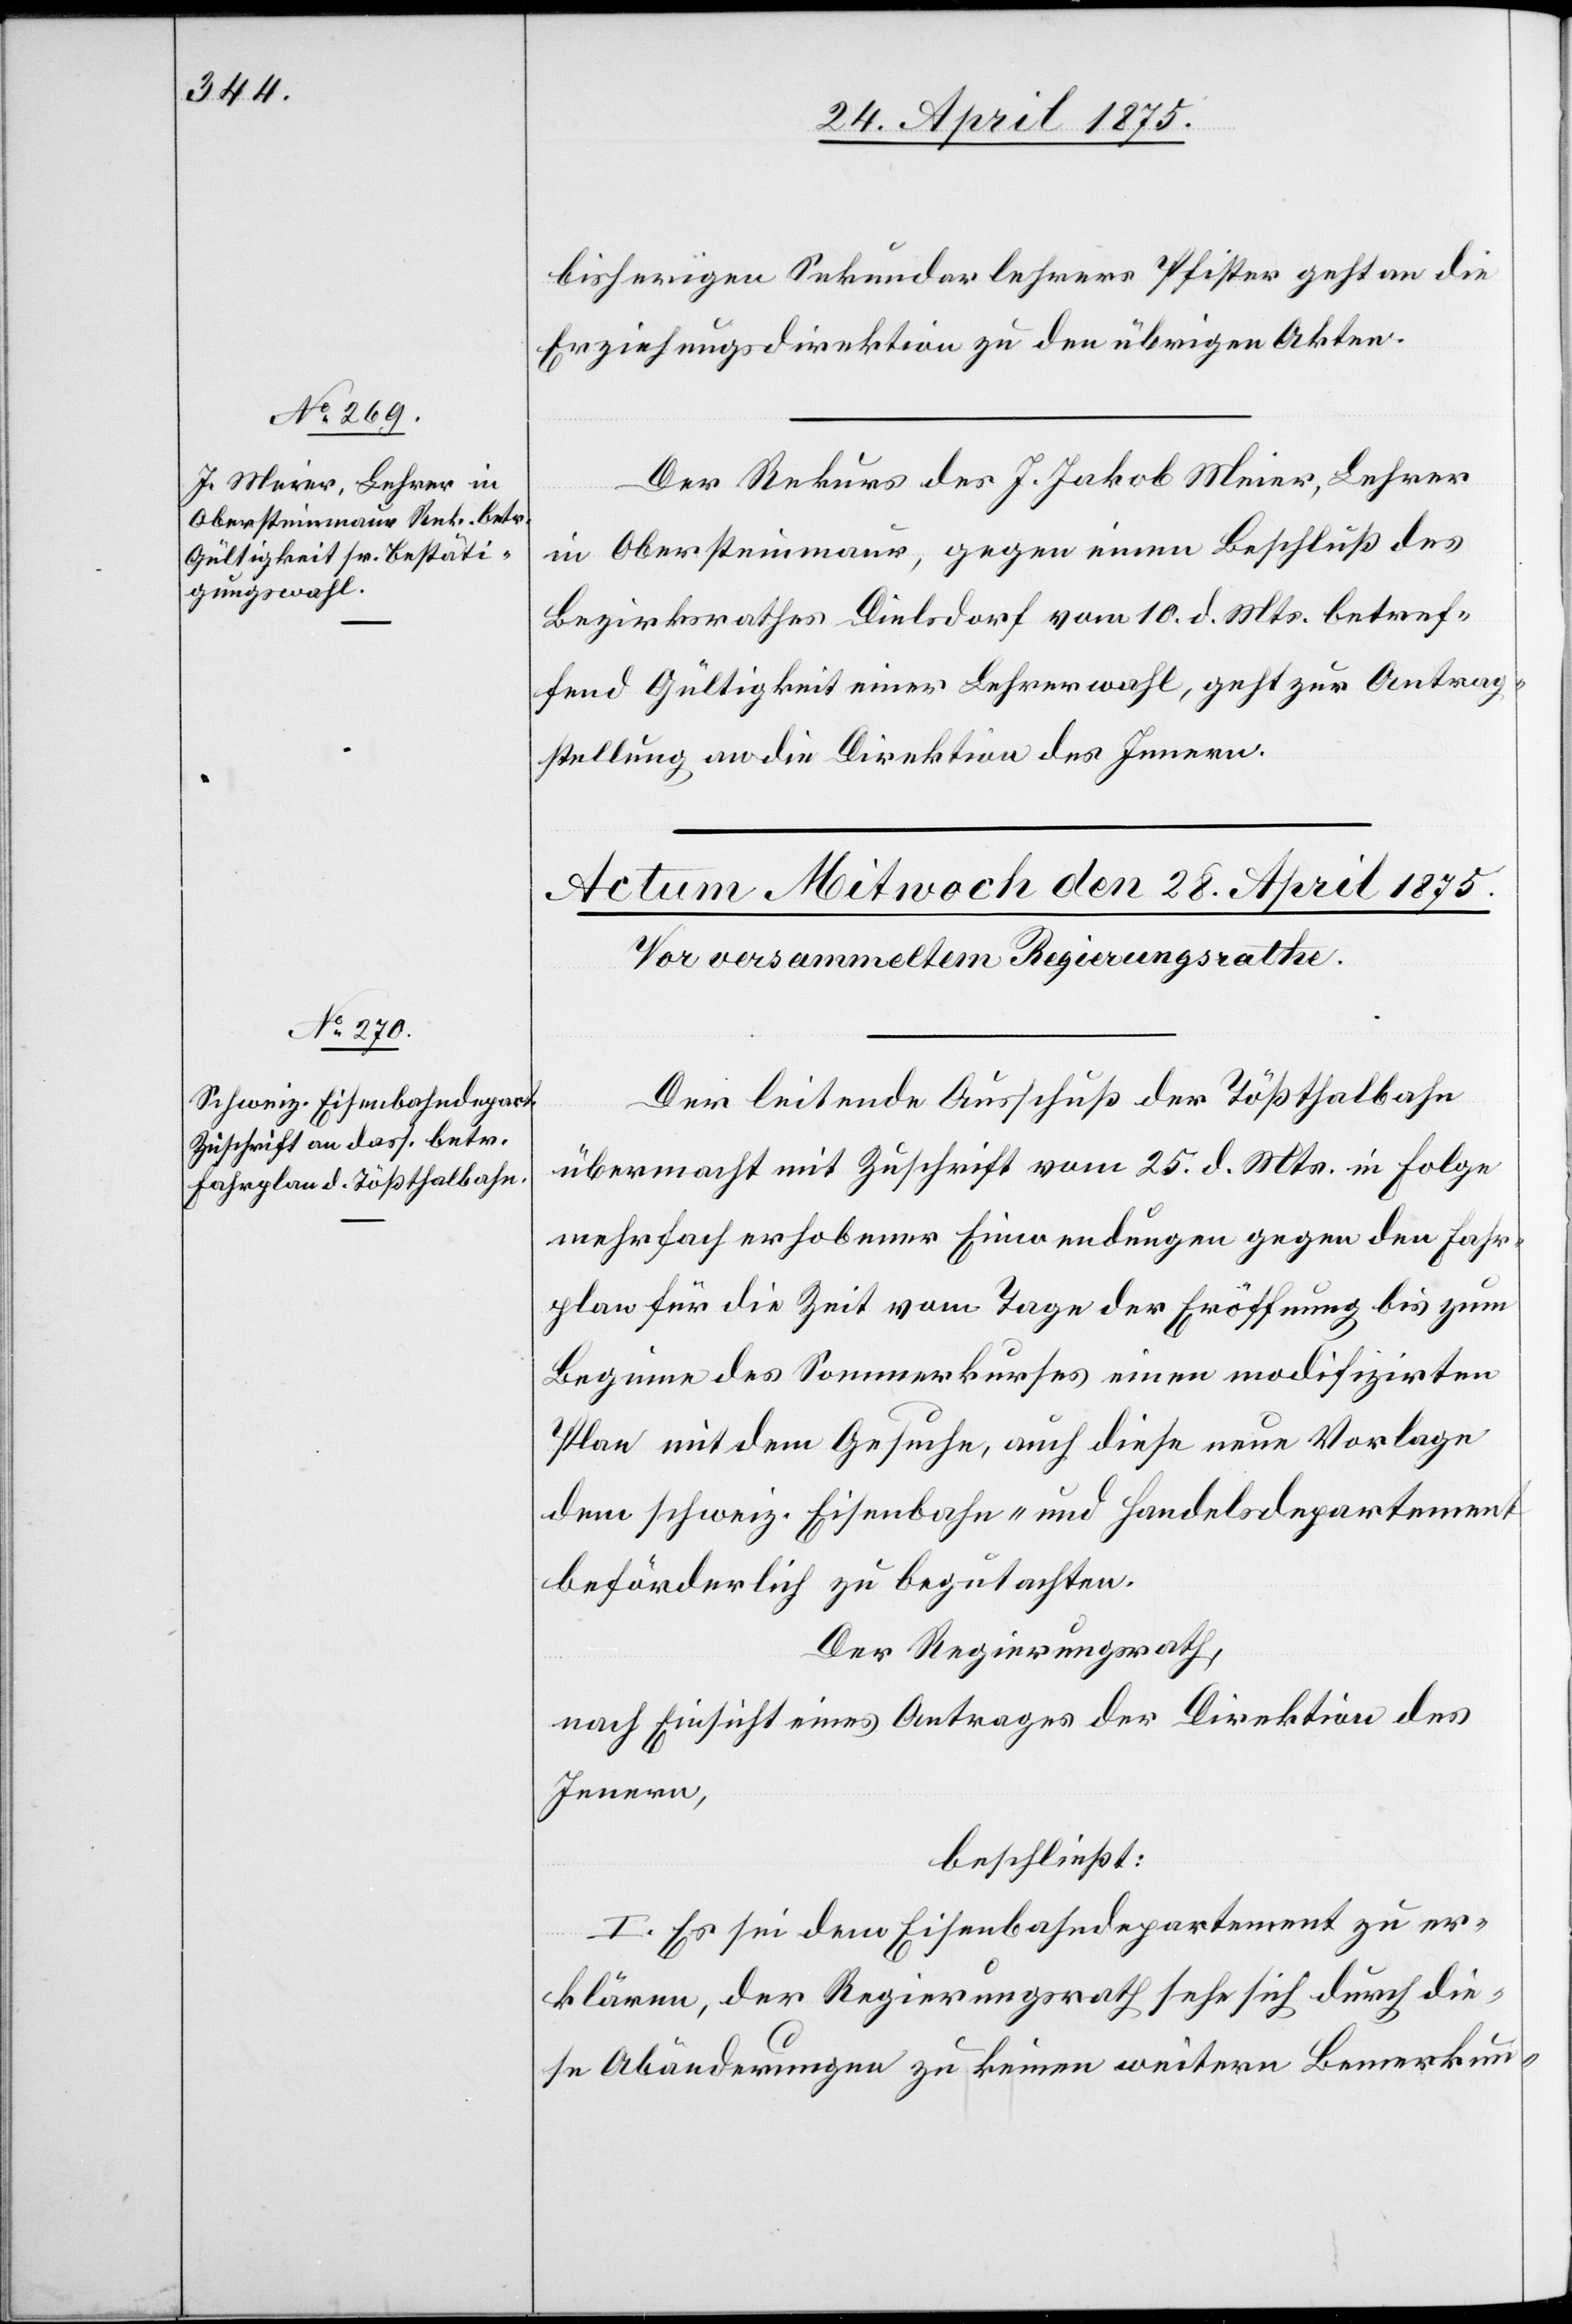
27. April 1875.]
bisherigen Sekundarlehrers Pfister geht an die
Erziehungsdirektion zu den übrigen Akten.
Der Rekurs des J. Jakob Meier, Lehrer
in Obersteinmaur, gegen einen Beschluß des
Bezirksrathes Dielsdorf vom 10. d. Mts. betref¬
fend Gültigkeit einer Lehrerwahl, geht zur Antrag¬
stellung an die Direktion des Innern.
Der leitende Ausschuß der Tößthalbahn
übermacht mit Zuschrift vom 25. d. Mts. in Folge
mehrfach erhobener Einwendungen gegen den Fahr¬
plan für die Zeit vom Tage der Eröffnung bis zum
Beginne des Sommerkurses einen modifizirten
Plan mit dem Gesuche, auch diese neue Vorlage
dem schweiz. Eisenbahn- und Handelsdepartement
beförderlich zu begutachten.
Der Regierungsrath,
nach Einsicht eines Antrages der Direktion des
Innern,
beschließt:
I. Es sei dem Eisenbahndepartement zu er¬
klären, der Regierungsrath sehe sich durch die¬
se Abänderung zu keinen weitern Bemerkun-